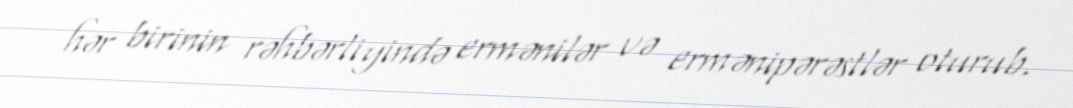
hər birinin rəhbərliyində ermənilər və ermənipərəstlər oturub.